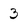
Character: 3